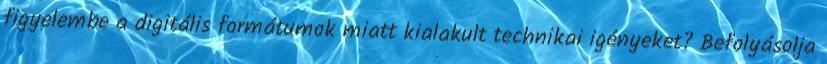
figyelembe a digitális formátumok miatt kialakult technikai igényeket? Befolyásolja